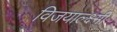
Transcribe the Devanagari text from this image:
विजयाल्क्ष्मी